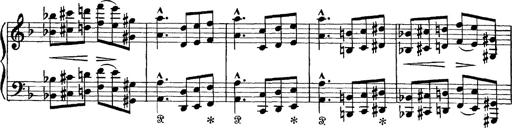
Title: Scherzo und Marsch
Composer: Franz Liszt